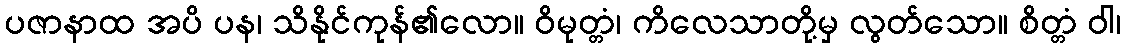
ပဇာနာထ အပိ ပန၊ သိနိုင်ကုန်၏လော။ ဝိမုတ္တံ၊ ကိလေသာတို့မှ လွတ်သော။ စိတ္တံ ဝါ၊